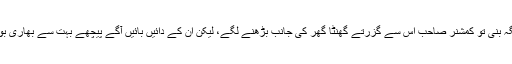
درمیان میں جو جگہ بنی تو کمشنر صاحب اس سے گزرتے گھنٹا گھر کی جانب بڑھنے لگے، لیکن ان کے دائیں بائیں آگے پیچھے بہت سے بھاری بوٹ چل رہے تھے۔